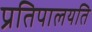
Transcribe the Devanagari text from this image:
प्रतिपालयति